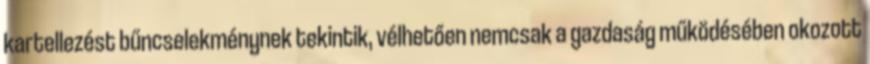
kartellezést bűncselekménynek tekintik, vélhetően nemcsak a gazdaság működésében okozott